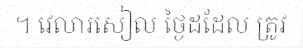
។ វេលារសៀល ថ្ងៃដដែល ត្រូវ